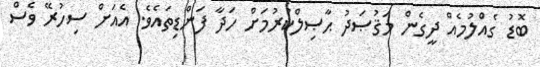
ބޮޑު ގެއްލުމެއް ދީގެން މަޤުޞަދު ޙާޞިލްކުރުމަށް ހަދާ ފަންޑިތައެވެ. އެއަށް ސިހުރޭ ވެސް